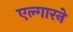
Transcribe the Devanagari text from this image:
एल्गारने